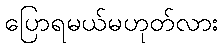
ပြောရမယ်မဟုတ်လား